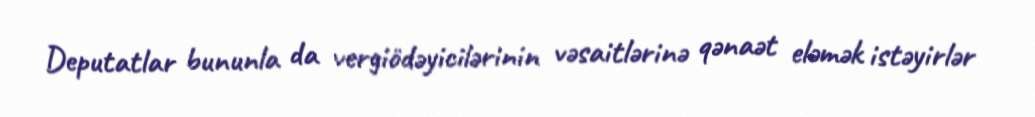
Deputatlar bununla da vergiödəyicilərinin vəsaitlərinə qənaət eləmək istəyirlər